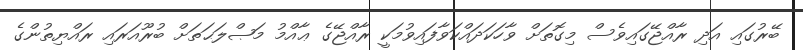
ބޭރުގައި އަދި ރާއްޖޭގައިވެސް މިގޮތަށް ވާހަކަދައްކަވާފައިވުމަކީ ރާއްޖޭގެ ޢާއްމު މަޞްލަޙަތަށް ބުރޫއަރައި ރައްޔިތުންގެ